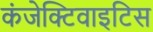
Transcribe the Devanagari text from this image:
कंजेक्टिवाइटिस